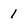
Character: 1